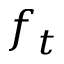
f _ { t }